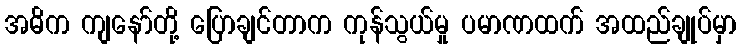
အဓိက ကျနော်တို့ ပြောချင်တာက ကုန်သွယ်မှု ပမာဏထက် အထည်ချုပ်မှာ